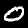
Label: 0